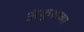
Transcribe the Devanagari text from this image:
अंकुशच्या